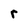
Character: r